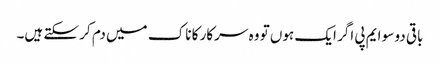
باقی دو سو ایم پی اگر ایک ہوں تو وہ سرکار کا ناک میں دم کر سکتے ہیں۔